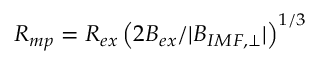
R _ { m p } = R _ { e x } \left( 2 B _ { e x } / | B _ { I M F , \perp } | \right) ^ { 1 / 3 }